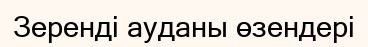
Зеренді ауданы өзендері